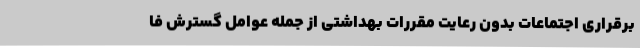
برقراری اجتماعات بدون رعایت مقررات بهداشتی از جمله عوامل گسترش فا